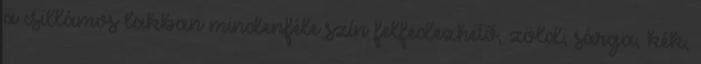
a csillámos lakban mindenféle szín felfedezhető, zöld, sárga, kék,